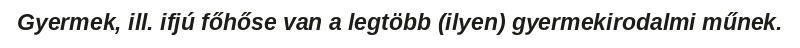
Gyermek, ill. ifjú főhőse van a legtöbb (ilyen) gyermekirodalmi műnek.